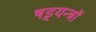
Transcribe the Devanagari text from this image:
षड़्यन्त्रों